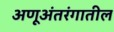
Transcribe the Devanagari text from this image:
अणूअंतरंगातील